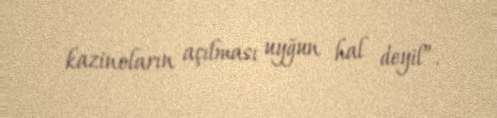
kazinoların açılması uyğun hal deyil”.